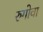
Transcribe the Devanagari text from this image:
रुगोवा